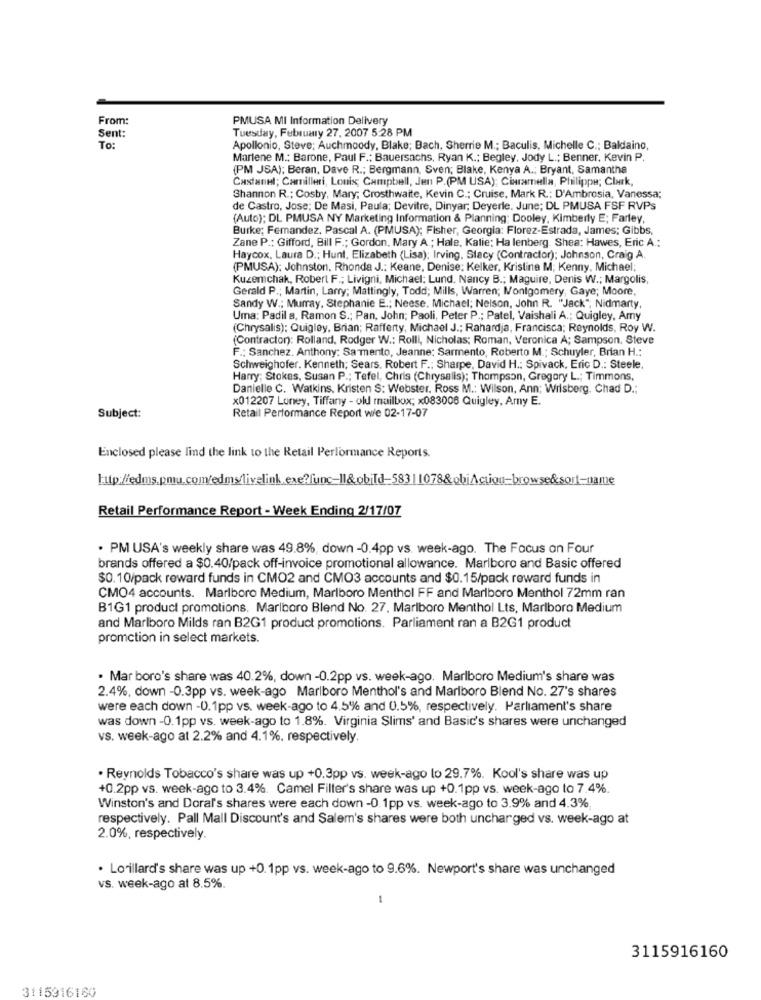
From:
PMUSA MI Information Delivery
Sent:
Tuesday, February 27, 2007 5:28 PM
To:
Apollonio, Steve; Auchmoody, Blake; Bach, Sherrie M .; Baculis, Michelle C .; Baldaino,
Marlene M .: Barone, Paul F .: Bauersachs, Ryan K .: Begley, Jody L .; Benner. Kevin P.
(PM JSA); Beran, Dave R .; Bergmann, Sven; Blake, Kenya A .; Bryant, Samantha
Castanml; Camilleri, Louis, Campbell, Jen P.(PM USA); Ciaramella, Philippe; Clark,
Shannon R .; Cosby, Mary; Crosthwaite, Kevin C .; Cruise, Mark R .: D'Ambrosia, Vanessa;
de Castro, Jose; De Masi, Paula; Devitre, Dinyar, Deyerle. June; DL PMUSA FSF RVPs
(Auto); DL PMUSA NY Marketing Information & Planning: Dooley, Kimberly E; Farley,
Burke; Femandez, Pascal A. (PMUSA); Fisher, Georgia: Florez-Estrada, James; Gibbs,
Zane P .: Gifford, Bill F .; Gordon, Mary A .; Hale, Katie; Ha lenberg. Shea: Hawes, Eric A .;
Haycox, Laura D .: Hunt, Elizabeth (Lisa): Irving. Stacy (Contractor); Johnson, Craig A.
(PMUSA): Johnston, Rhonda J .: Keane, Denise: Kelker, Kristina M; Kenny, Michael:
Kuzemchak, Robert F .; Livigni, Michael: Lund, Nancy B .; Maguire, Denis W .; Margolis,
Gerald P .; Martin, Larry; Mattingly, Todd; Mills, Warren; Montgomery, Gaye; Moore,
Sandy W .; Murray, Stephanie E .; Neese. Michael; Nelson, John R. "Jack", Nidmarty,
Uma: Padil a, Ramon S .; Pan, John; Paoli, Peter P .; Patel, Vaishali A .; Quigley, Amy
(Chrysalis); Quigley, Brian; Rafferty, Michael J .; Rahardja, Francisca; Reynolds, Roy W.
(Contractor): Rolland, Rodger W .: Rolli, Nicholas; Roman, Veronica A; Sampson, Steve
F .: Sanchez. Anthony: Sa mento, Jeanne: Sarmento, Roberto M .; Schuyler, Brian H .:
Schweighofer. Kenneth; Sears. Robert F .; Sharpe, David H .: Spivack, Eric D .: Steele
Harry; Stokes, Susan P .; Tefel, Chris (Chrysalis); Thompson, Gregory L .; Timmons,
Danielle C. Watkins. Kristen S: Webster. Ross M .: Wilson, Ann; Wilsberg. Chad D .:
x012207 Loney, Tiffany - old mailbox; x083008 Quigley, Amy E.
Subject:
Retail Performance Report wie 02-17-07
Enclosed please lind the link to the Retail Performance Reports.
Retail Performance Report - Week Ending 2/17/07
· PM USA's weekly share was 49.8%, down -0.4pp vs. week-ago. The Focus on Four
brands offered a $0.40/pack off-invoice promotional allowance. Marlboro and Basic offered
$0.10/pack reward funds in CMO2 and CMO3 accounts and $0.15/pack reward funds in
CMO4 accounts. Marlboro Medium, Marlboro Menthol FF and Marlboro Menthol 72mm ran
B1G1 product promotions. Marlboro Blend No. 27, Marlboro Menthol Lts, Marlboro Medium
and Marlboro Milds ran B2G1 product promotions. Parliament ran a B2G1 product
promction in select markets.
. Mar boro's share was 40.2%, down -0.2pp vs. week-ago. Marlboro Medium's share was
2.4%, down -0.3pp vs. week-ago Marlboro Menthol's and Marlboro Blend No. 27's shares
were each down -0.1pp vs. week-ago to 4.5% and 0.5%, respectively. Parliament's share
was down -0.1pp vs. week-ago to 1.8%. Virginia Slims' and Basic's shares were unchanged
vs. week-ago at 2.2% and 4.1%, respectively.
. Reynolds Tobacco's share was up +0.3pp vs. week-ago lo 29.7%. Kool's share was up
+0.2pp vs. week-ago to 3.4%. Camel Filter's share was up +0.1pp vs. week-ago to 7.4%.
Winston's and Doral's shares were each down -0.1pp vs. week-ago to 3.9% and 4.3%
respectively. Pall Mall Discount's and Salem's shares were both uncharged vs. week-ago at
2.0%, respectively.
. Lorillard's share was up +0.1pp vs. week-ago to 9.6%. Newport's share was unchanged
vs. week-ago at 8.5%.
1
3115916160
3115916160